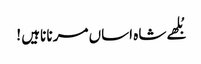
بُلھے شاہ اساں مرنا ناہیں !